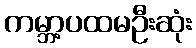
ကမ္ဘာ့ပထမဦးဆုံး